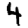
Digit: 4